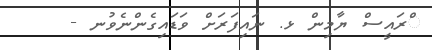
ްރައީސް ޔާމިން ޅ. ނައިފަރަށް ވަޑައިގެންނެވުނ -